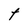
Character: t